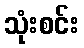
သုံးစင်း